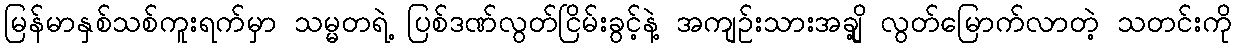
မြန်မာနှစ်သစ်ကူးရက်မှာ သမ္မတရဲ့ ပြစ်ဒဏ်လွတ်ငြိမ်းခွင့်နဲ့ အကျဉ်းသားအချို့ လွတ်မြောက်လာတဲ့ သတင်းကို